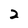
Character: 2